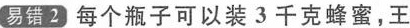
易错2 每个瓶子可以装3千克蜂蜜，王